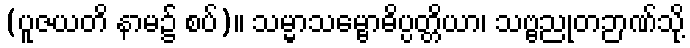
(ပူဇယတိ နာမ၌ စပ်)။ သမ္မာသမ္ဗောဓိပ္ပတ္တိယာ၊ သဗ္ဗညုတဉာဏ်သို့